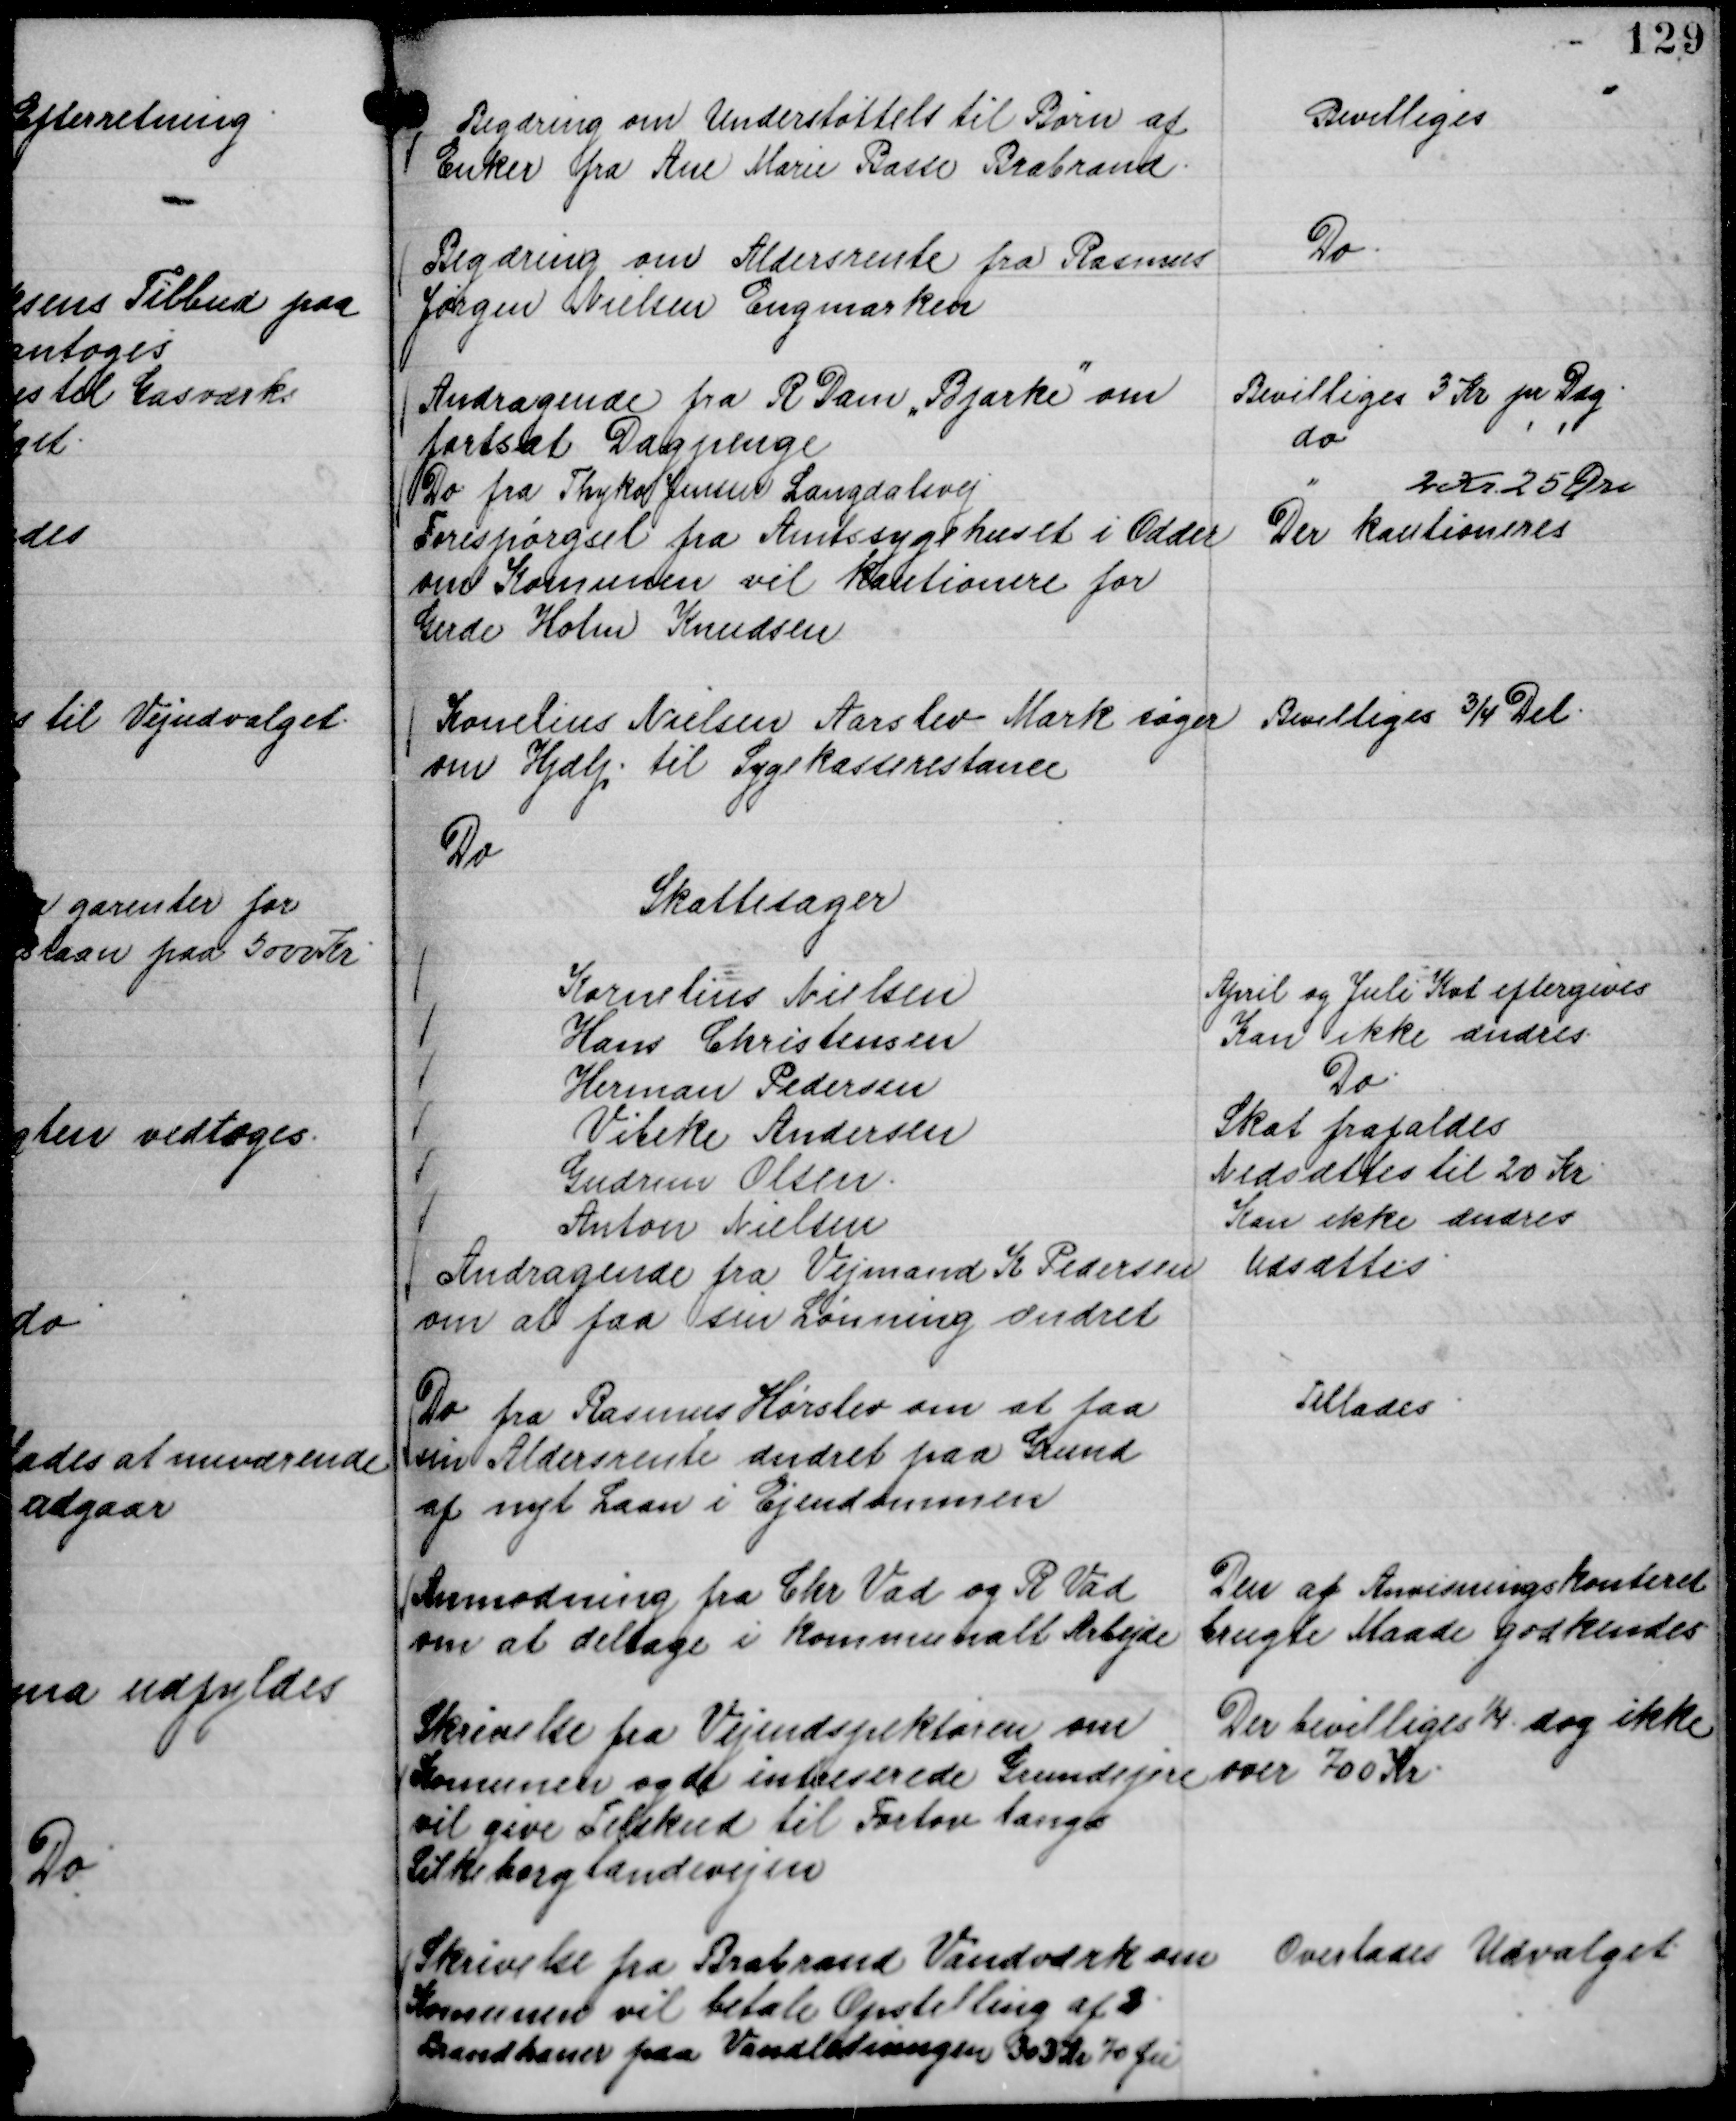
Transskription:
Begæring om Understøttels til Børn af
Enker fra Ane Marie Basse Brabrand.

Bevilliges

Begæring om Aldersrente fra Rasmus
Jørgen Nielsen Engmarken

Do.

Andragende fra R Dam "Bjarke"

om
fortsat Dagpenge

Bevilliges 3 Kr pr Dag.
do
' '

Do fra Thyko Jensen Langdalsvej

" 2 Kr 25 Øre

Forespørgsel fra Amtssygehuset i Odder
om Komunen vil kautionere for
Gerde Holm Knudsen

Der kautioneres

Konelius Nielsen Aarslev Mark søger
om Hjælp til Sygekasserestance
Do

Bevilliges ¾ Del.

Skattesager
Kornelius Nielsen
April og Juli Kvt eftergives
Hans Christensen
Kan ikke ændres.
Herman Pedersen
Do.
Vibeke Andersen
Skat frafaldes
Gudrun Olsen.
Nedsættes til 20 Kr
Anton Nielsen
Kan ikke ændres

Andragende fra Vejmand K Pedersen
om at faa sin Lønning ændret

Udsættes.

Do fra Rasmus Hørslev om at faa
sin Aldersrente ændret paa Grund
af nyt Laan i Ejendommen

Tillades

Anmodning fra Chr Vad og R Vad
om at deltage i kommunalt Arbejde

Den af Anvisningskontoret
brugte Maade godkendes

Skrivelse fra Vejindspektøren om
Komunen og de intreserede Grundejere
vil give Tilskud til Fortov langs
Silkeborglandevejen

Der bevilliges ¼. dog ikke
over 700 Kr.

Skrivelse fra Brabrand Vandværk om
Komunen vil betale Opstilling af 3
Brandhaner paa Vandledningen 303 Kr 70 Øre

Overlades Udvalget.